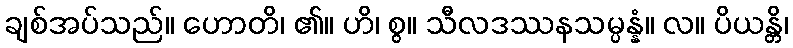
ချစ်အပ်သည်။ ဟောတိ၊ ၏။ ဟိ၊ စွ။ သီလဒဿနသမ္ပန္နံ။ လ။ ပိယန္တိ၊